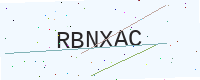
Text: RBNXAC